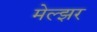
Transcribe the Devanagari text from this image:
मेल्झर